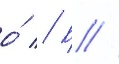
о́ // Б //